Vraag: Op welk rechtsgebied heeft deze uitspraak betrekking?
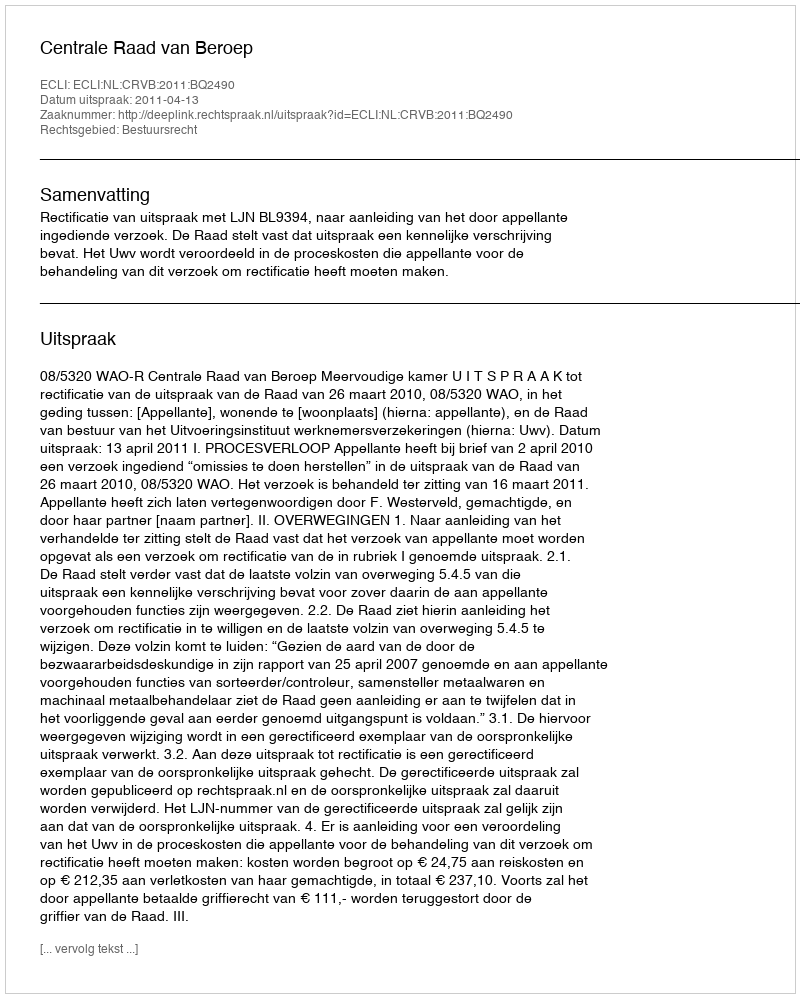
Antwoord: Bestuursrecht